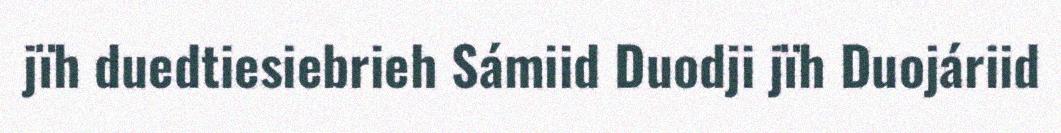
jïh duedtiesiebrieh Sámiid Duodji jïh Duojáriid